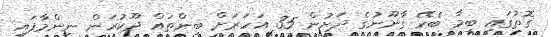
ގޮތުގައި ބިމާ ބެހޭ ގާނޫނުގެ ދަށުން 35 އަހަރަށް ބިންތައް ދޫކުރަން ނިންމާފައި